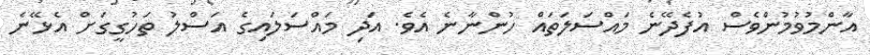
އާންމުވުމުންވެސް އުފެދޭނެ މައްސަލަތައް ހުންނާނެ އެވެ. އަދި މައްސަލައިގެ އަސްލު ތަހުގީގަށް އެޅޭނެ